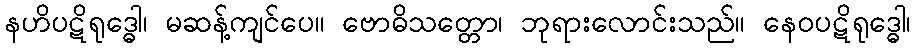
နဟိပဋိရုဒ္ဓေါ၊ မဆန့်ကျင်ပေ။ ဗောဓိသတ္တော၊ ဘုရားလောင်းသည်။ နေဝပဋိရုဒ္ဓေါ၊